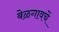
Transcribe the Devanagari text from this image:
बेळगावचें